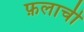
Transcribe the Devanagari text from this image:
फ़लाची